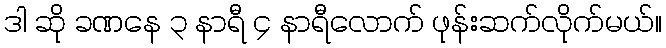
ဒါ ဆို ခဏနေ ၃ နာရီ ၄ နာရီလောက် ဖုန်းဆက်လိုက်မယ်။